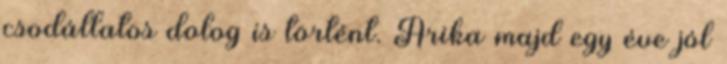
csodállatos dolog is történt. Arika majd egy éve jól